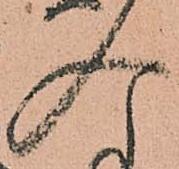
入